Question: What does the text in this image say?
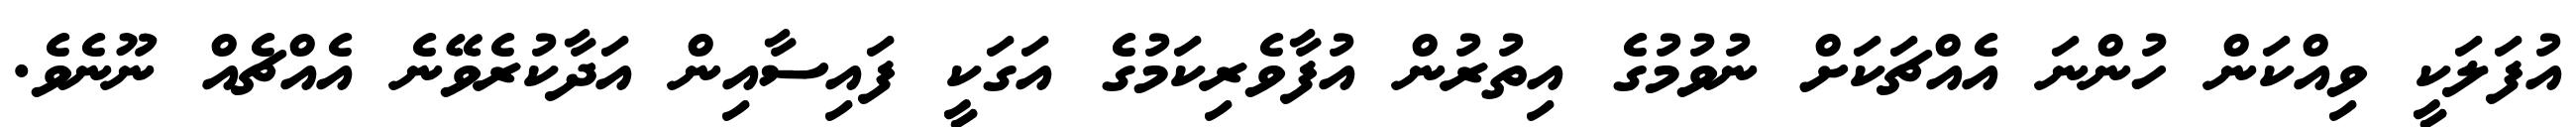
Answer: އުފަލަކީ ވިއްކަން ހުންނަ އެއްޗަކަށް ނުވުމުގެ އިތުރުން އުފާވެރިކަމުގެ އަގަކީ ފައިސާއިން އަދާކުރެވޭނެ އެއްޗެއް ނޫނެވެ.